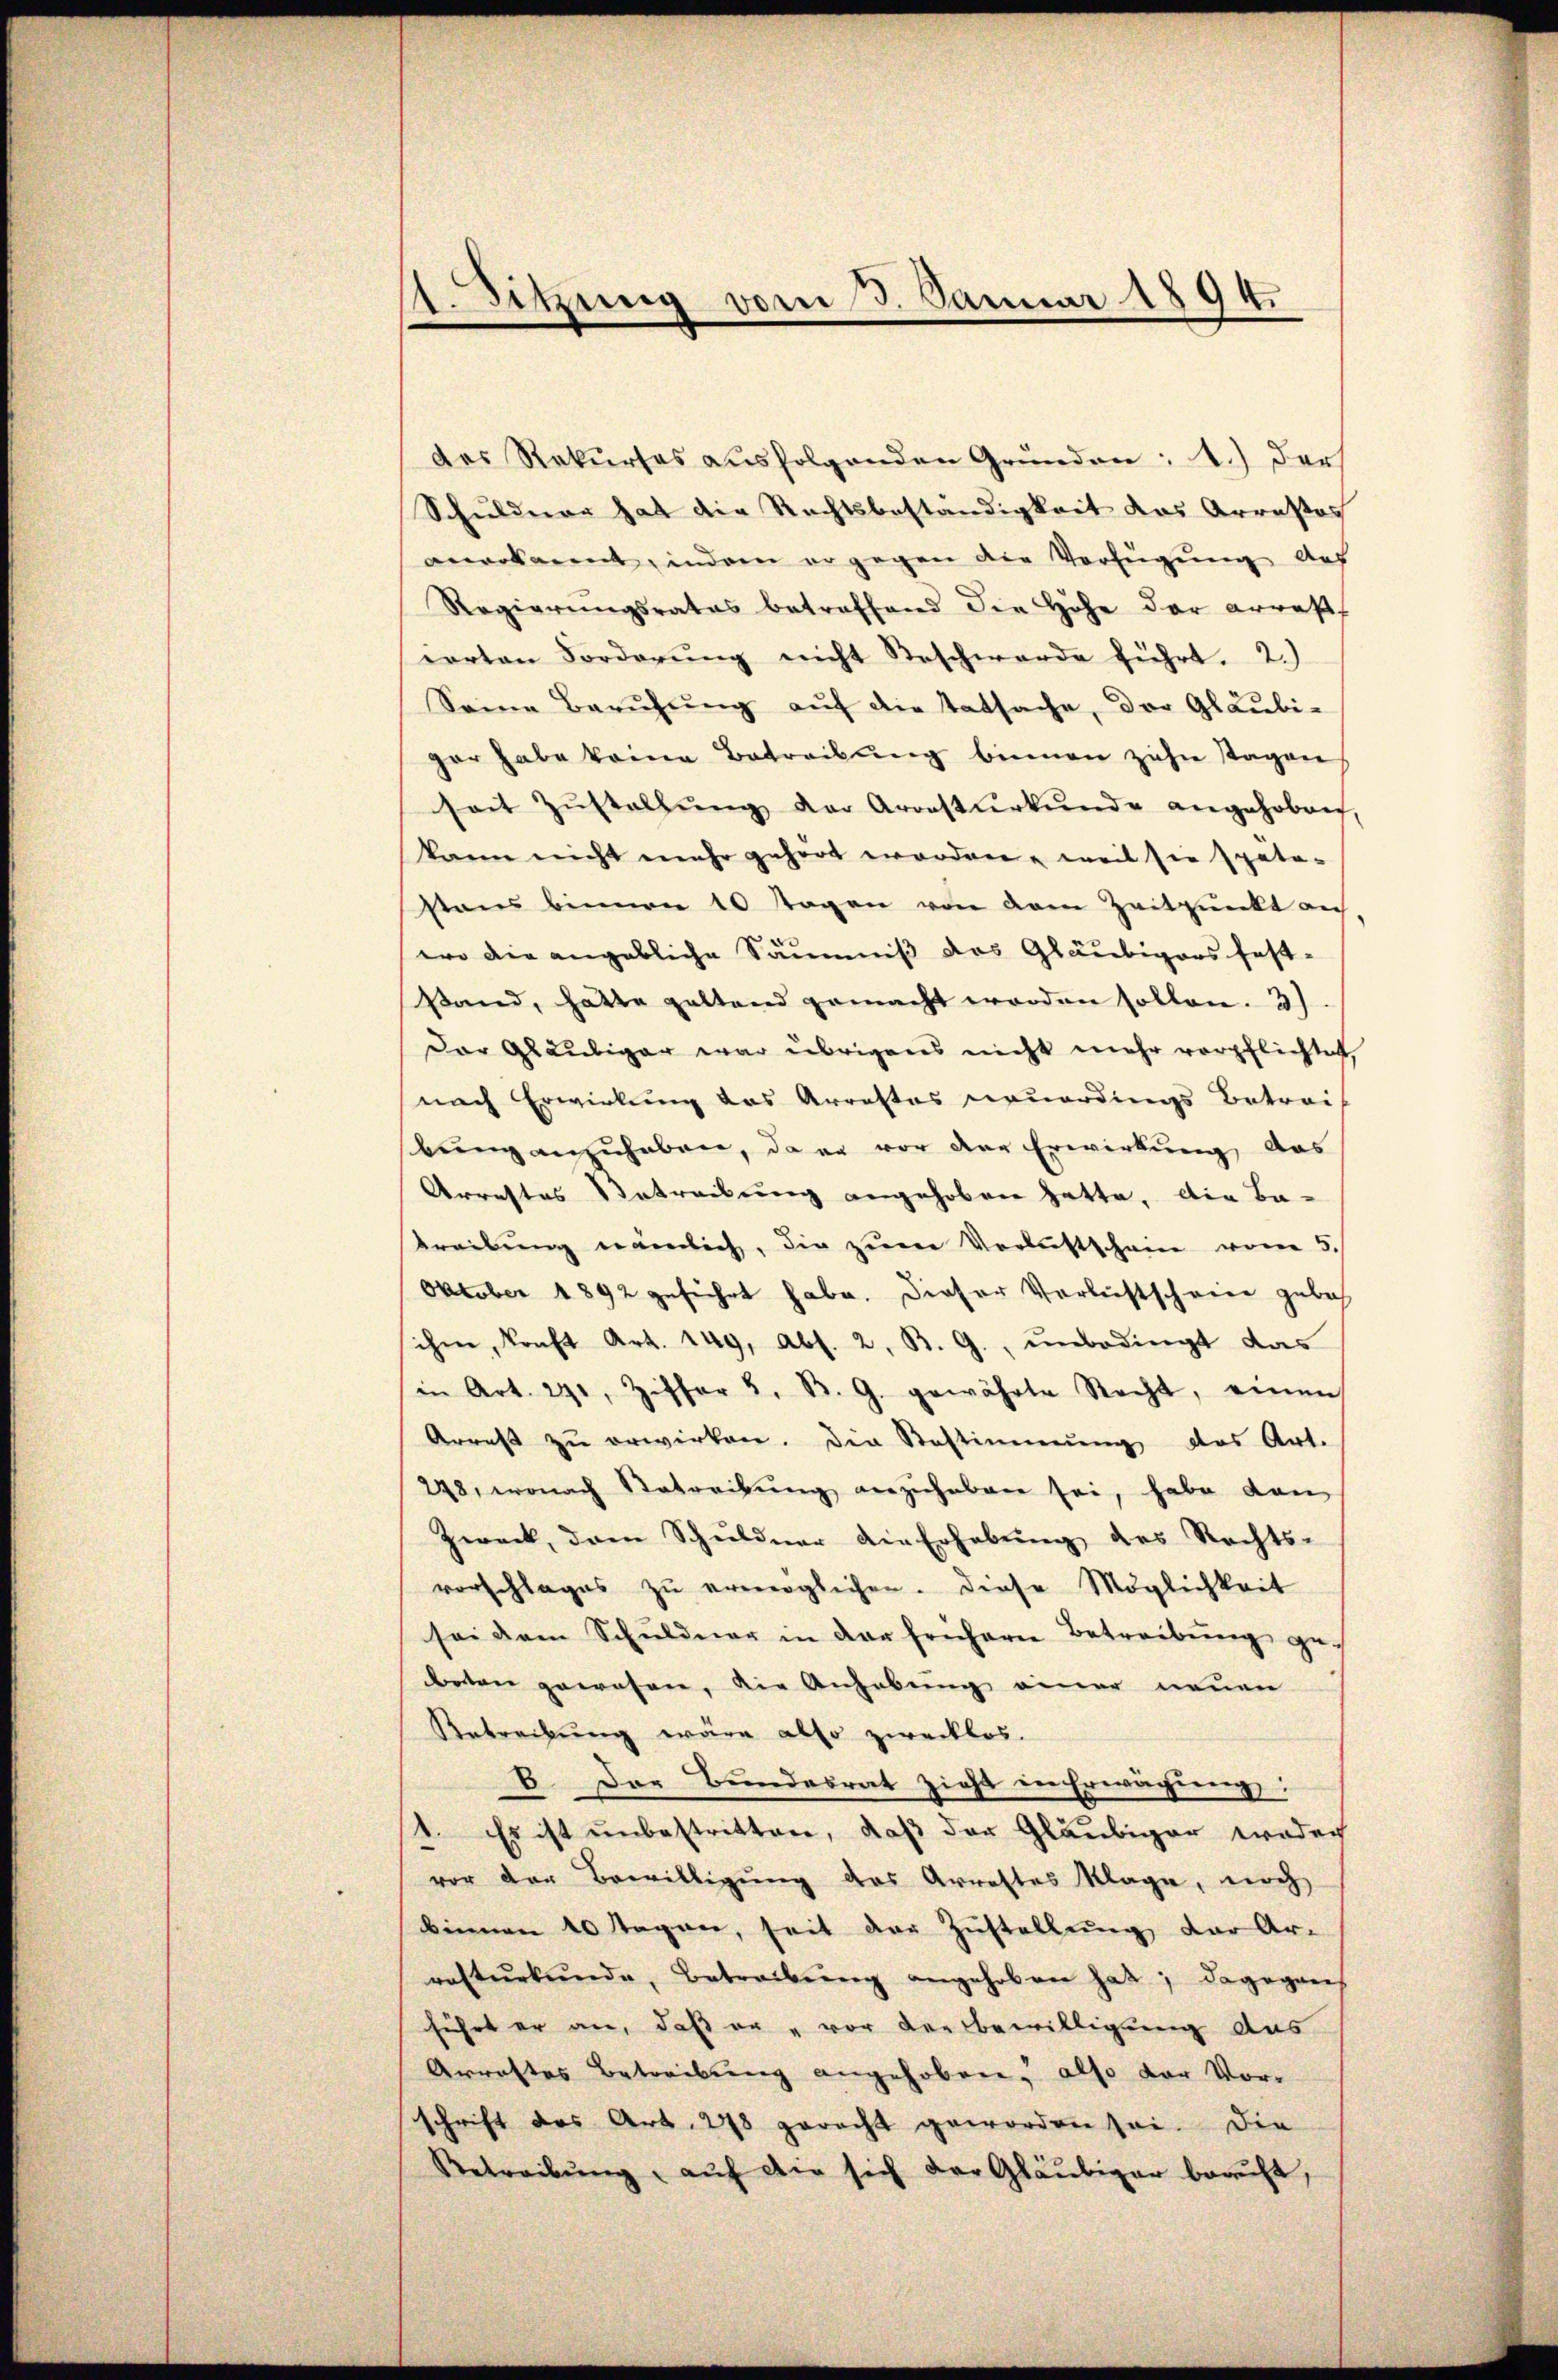
1. Sitzung vom 3. Januar 1894.
n

des Rekurses ausfolgenden Gründen; 1.) Der
Schuldner hat die Rechtsbeständigkeit das Arrestos
anerkannt, indem er gegen der Verfügung auf
Regierungsrates betreffend die Höhe der arrest
earten Forderŭng nicht Beschwerde führt. 2.)
Seine Berŭhŭng aŭf die tatsache, der Gläubi-
gar habe keine Betreibung binnen zehn Tagen
seit Zŭstallŭng der Arrestŭrkŭnde angehoben,
kann nicht mehr gehört worden, weil sie späto-
sans binnen 10 Tagen von dem Zeitpunkt an
ero die angebliche Säumniß des Gläubigers fest-
stand, hatte geltend gemacht worden sollen. 3)
Der Gläubiger war übrigens nicht mehr verpflichtet,
nach Erwirkung das Arrestes neuerdings Betrei-
bung anzuhaben, da er vor der Erwirkung, das
Arrestes Betreibung angehoben hatte, die Be-
treibung nämlich, die zum Verlustschein vom 5.
Oktober 1892 geführt habe. Dieser Verlichtschreie geboh
ihm, kraft Art. 149, Abs. 2, B. G., unbedingt das
in Art. 291, Ziffer 5. B. G. gewährte Recht, einen
Arrest zŭ erwirken. Die Bestimmung das Art.
248, wonach Betreibŭng anzuhaben sei, habe dan
Zweck, dem Schuldner die Erhebŭng des Rechts-
vorschlages zu ermöglichen. Diese Möglichkeit
sei dem Schuldner in der frühern Betreibung gebeton gewesen, die Anhebung einer neuen
Rebrechung wäre also zwecklos.
B. Der Bundesrat zieht in Erwägung:
1. Es ist unbestritten, daß der Gläubiger weder
vor der Bewilligung des Arrestes Klage, noch
binnen 10 Tagen, seit der Zustellung der Ar-
rastŭrkŭnde, Betreibŭng angehoben hat; dagegens
führt er an, daß er vor der Bewilligung aus
Arrastes Betreibung angehoben, also der Vorschrift des Art. 278 geracht geworden sei. Die
Retreibŭng aŭf die sich der Gläubiger beaŭft,